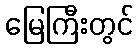
မြေကြီးတွင်